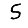
Digit: 5